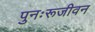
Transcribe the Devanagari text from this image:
पुनःरूजीवन